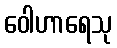
ဝေါဟာရေသု